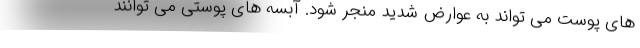
های پوست می تواند به عوارض شدید منجر شود. آبسه های پوستی می توانند